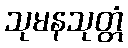
သုမနသုတ္တံ